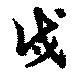
戍